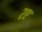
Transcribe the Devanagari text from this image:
२ए